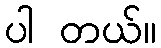
ပါ တယ်။